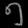
Digit: ၅